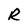
Character: R